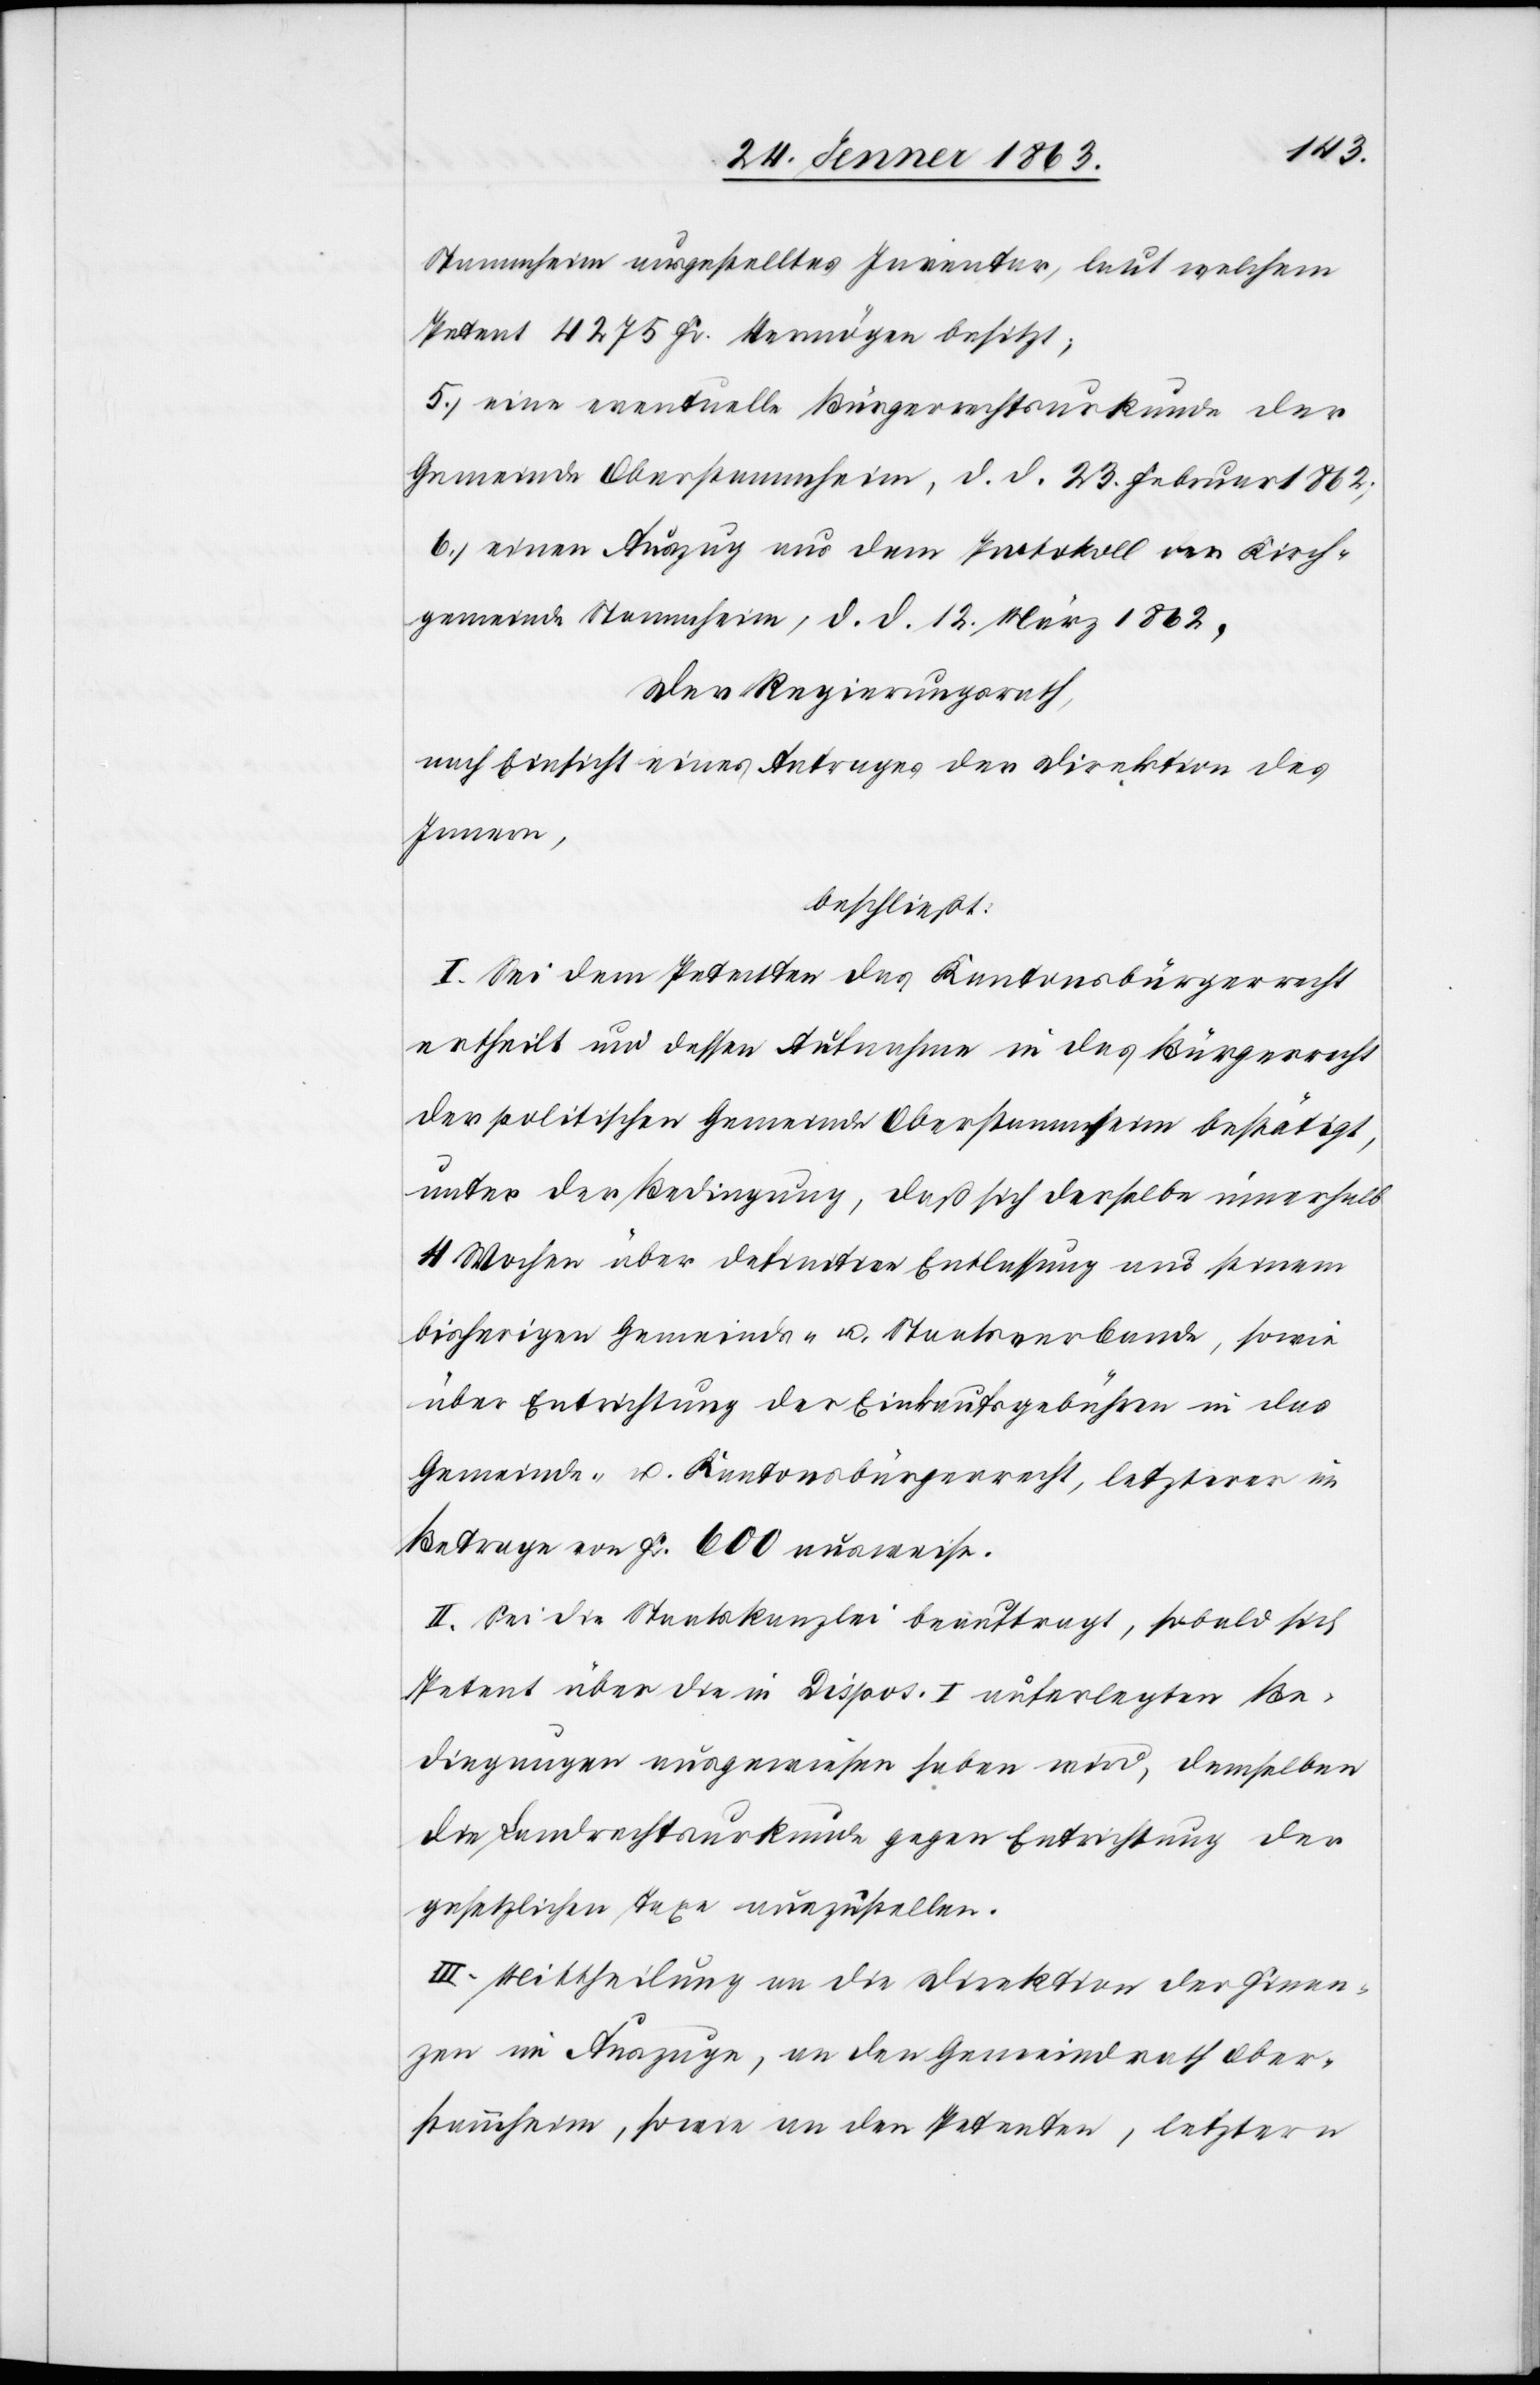
Stammheim ausgestelltes Inventar, laut welchem
Petent 4275 Fr. Vermögen besitzt;
5.) eine eventuelle Bürgerrechtsurkunde der
Gemeinde Oberstammheim, d. d. 23. Februar 1862;
6.) einen Auszug aus dem Protokoll von Kirch¬
gemeinde Stammheim, d. d. 12. März 1862,
Der Regierungsrath,
nach Einsicht eines Antrages der Direktion des
Innern,
beschließt:
I. Sei dem Petenten das Kantonsbürgerrecht
ertheilt und dessen Aufnahme in das Bürgerrecht
der politischen Gemeinde Oberstammheim bestätigt,
unter der Bedingung, daß sich derselbe innerhalb
4 Wochen über definitive Entlassung aus seinem
bisherigen Gemeinds- u. Staatsverbande, sowie
über Entrichtung der Einkaufsgebühren in das
Gemeinde- u. Kantonsbürgerrecht, letzterer im
Betrage von Fr. 600 ausweise.
II. Sei die Staatskanzlei beauftragt, sobald sich
Petent über die in Dispos. I auferlegten Be¬
dingungen ausgewiesen haben wird, demselben
die Landrechtsurkunde gegen Entrichtung der
gesetzlichen Taxe auszustellen.
III. Mittheilung an die Direktion der Finan¬
zen im Auszuge, an den Gemeindrath Ober¬
stammheim, sowie an den Petenten, letztern